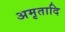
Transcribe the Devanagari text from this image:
अमृतादि